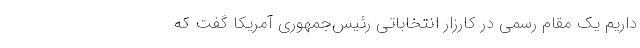
داریم یک مقام رسمی در کارزار انتخاباتی ‌رئیس‌جمهوری آمریکا گفت که